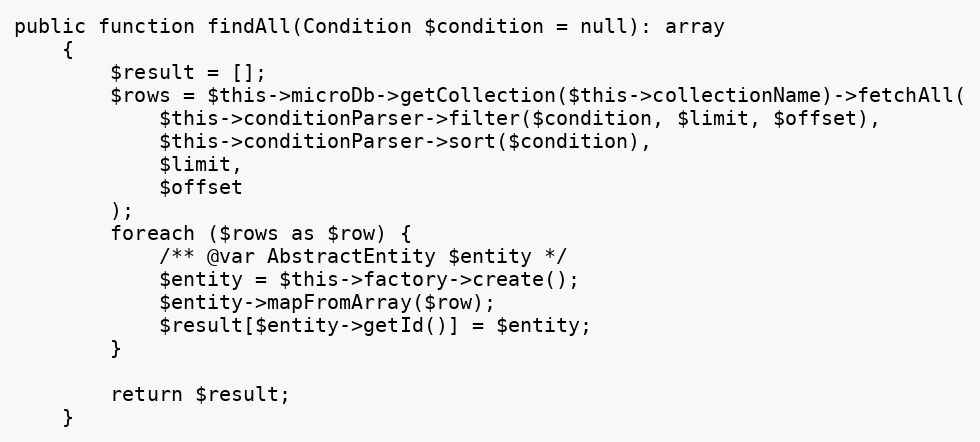
Language: PHP
public function findAll(Condition $condition = null): array
    {
        $result = [];
        $rows = $this->microDb->getCollection($this->collectionName)->fetchAll(
            $this->conditionParser->filter($condition, $limit, $offset),
            $this->conditionParser->sort($condition),
            $limit,
            $offset
        );
        foreach ($rows as $row) {
            /** @var AbstractEntity $entity */
            $entity = $this->factory->create();
            $entity->mapFromArray($row);
            $result[$entity->getId()] = $entity;
        }

        return $result;
    }